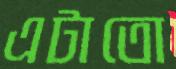
এটাতো